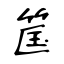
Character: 筺